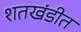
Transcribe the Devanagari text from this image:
शतखंडीत